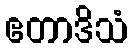
ဧတာဒိသံ